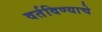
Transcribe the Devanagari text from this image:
वर्तविण्याचे